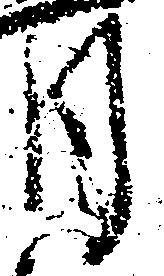
月